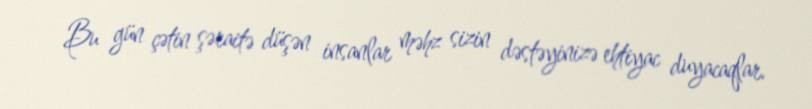
Bu gün çətin şəraitə düşən insanlar məhz sizin dəstəyinizə ehtiyac duyacaqlar.